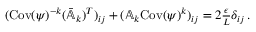
\begin{array} { r } { ( \mathrm { C o v } ( \psi ) ^ { - k } ( \bar { \mathbb { A } } _ { k } ) ^ { T } ) _ { i j } + ( \mathbb { A } _ { k } \mathrm { C o v } ( \psi ) ^ { k } ) _ { i j } = 2 \frac { \epsilon } { L } \delta _ { i j } \, . } \end{array}